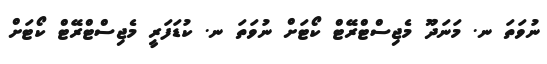
ނުވަތަ ނ. މަނަދޫ މެޖިސްޓްރޭޓް ކޯޓަށް ނުވަތަ ނ. ކުޑަފަރީ މެޖިސްޓްރޭޓް ކޯޓަށް